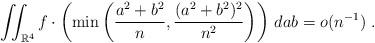
LaTeX: \begin{align*} \iint_{\mathbb{R}^4} f\cdot\left(\min\left( \frac{a^2+b^2}{n},\frac{(a^2+b^2)^2}{n^2} \right)\right)\, dab = o(n^{-1})\;.\end{align*}